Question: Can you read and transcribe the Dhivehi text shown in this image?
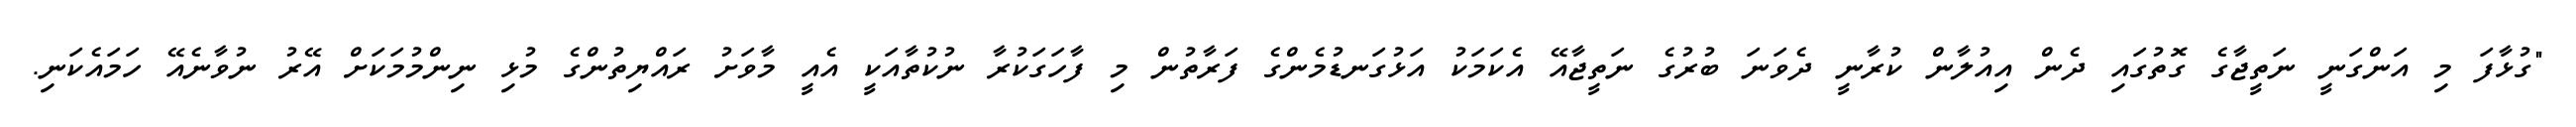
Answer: "ގުޅާފަ މި އަންގަނީ ނަތީޖާގެ ގޮތުގައި ދެން އިއުލާން ކުރާނީ ދެވަނަ ބުރުގެ ނަތީޖާއޭ އެކަމަކު އަޅުގަނޑުމެންގެ ފަރާތުން މި ފާހަގަކުރާ ނުކުތާއަކީ އެއީ މާވަށު ރައްޔިތުންގެ މުޅި ނިންމުމަކަށް އޭރު ނުވާނެއޭ ހަމައެކަނި.